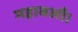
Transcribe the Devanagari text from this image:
महाबलौ।